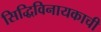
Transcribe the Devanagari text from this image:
सिद्धिविनायकाची